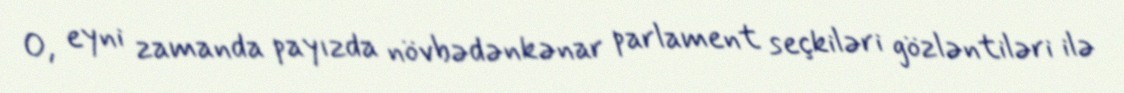
O, eyni zamanda payızda növbədənkənar parlament seçkiləri gözləntiləri ilə